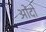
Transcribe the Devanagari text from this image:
ओंदो